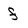
Character: f